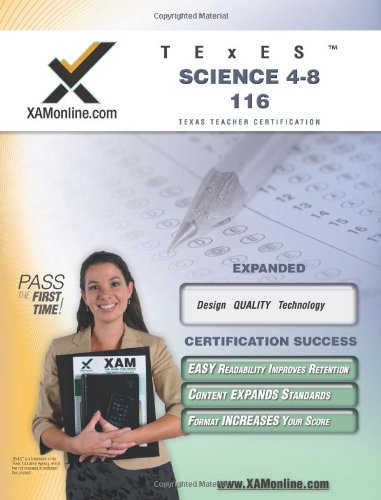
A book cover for TExES Science 4-8 116 Teacher Certification Test Prep Study Guide (XAM TEXES); Sharon Wynne; Test Preparation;